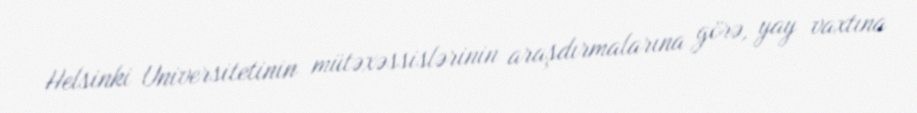
Helsinki Universitetinin mütəxəssislərinin araşdırmalarına görə, yay vaxtına